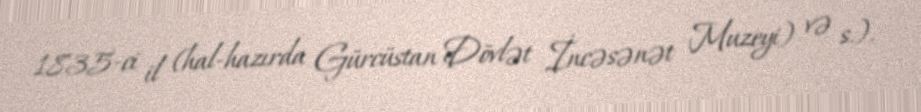
1835-ci il (hal-hazırda Gürcüstan Dövlət İncəsənət Muzeyi) və s.).